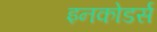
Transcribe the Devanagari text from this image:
इनकोडर्स